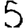
Digit: 5